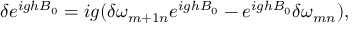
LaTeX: \delta e ^ { i g h B _ { 0 } } = i g ( \delta \omega _ { m + 1 n } e ^ { i g h B _ { 0 } } - e ^ { i g h B _ { 0 } } \delta \omega _ { m n } ) ,